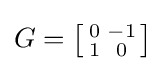
G=\left[{\begin{smallmatrix}0&-1\\1&0\end{smallmatrix}}\right]